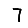
Digit: 7